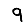
Digit: 9